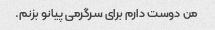
من دوست دارم برای سرگرمی پیانو بزنم.